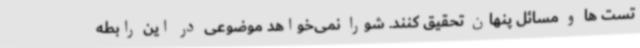
تست ها و مسائل پنهان تحقیق کنند. شورا نمی‌خواهد موضوعی در این رابطه